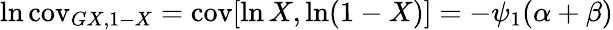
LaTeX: \ln\operatorname{cov}_{GX,1-X}=\operatorname{cov}[\ln X,\ln(1-X)]=-\psi_{1}(\alpha+\beta)